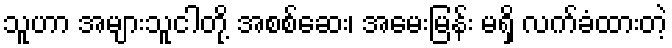
သူဟာ အများသူငါတို့ အစစ်ဆေး၊ အမေးမြန်း မရှိ လက်ခံထားတဲ့